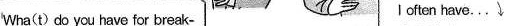
Wha(t) do you have for break- l often have... 我经常吃…… fast? 你早餐吃什么?